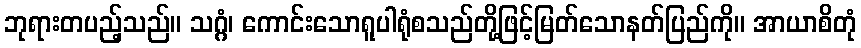
ဘုရားတပည့်သည်။ သဂ္ဂံ၊ ကောင်းသောရူပါရုံစသည်တို့ဖြင့်မြတ်သောနတ်ပြည်ကို။ အာယာစိတုံ